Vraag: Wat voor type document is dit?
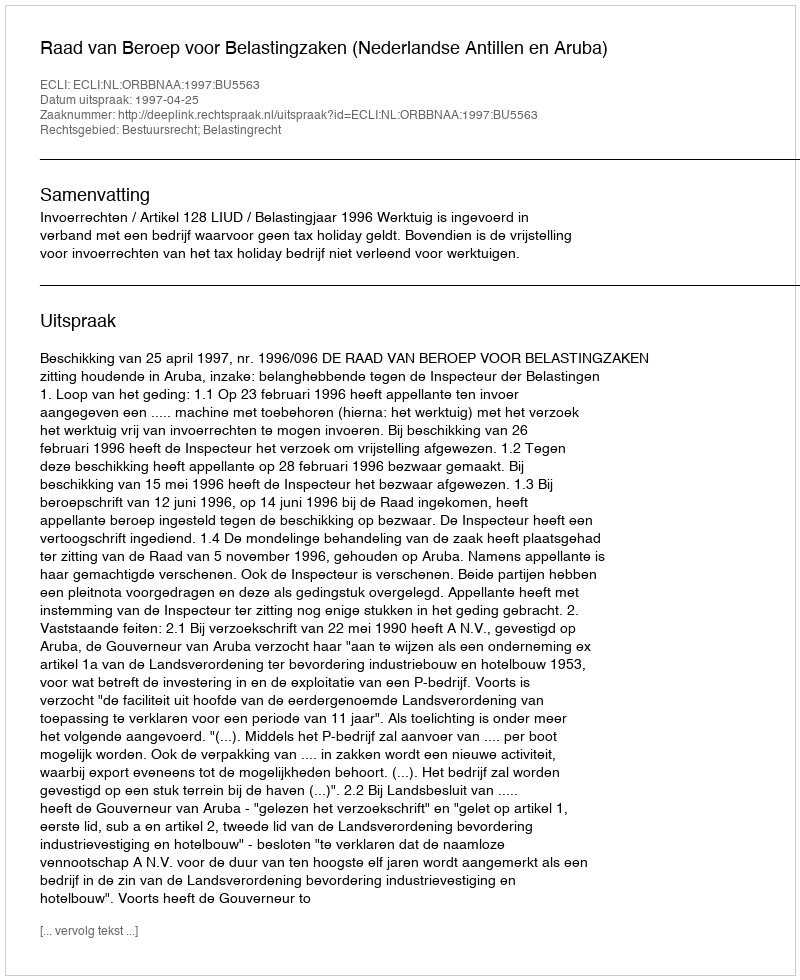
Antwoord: Uitspraak